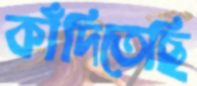
কাঁদিতেছি